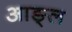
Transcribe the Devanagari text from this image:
आङ्ल